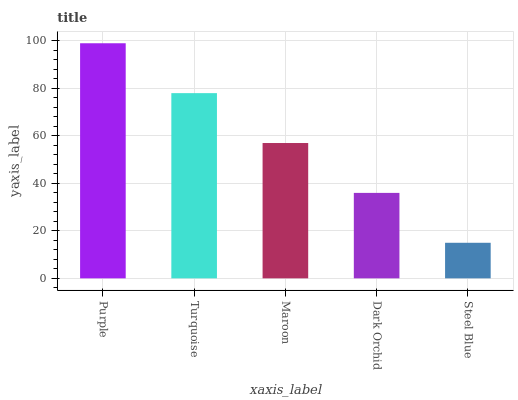
| xaxis_label | bars |
 | --- | --- |
 | Purple | 99 |
 | Turquoise | 78 |
 | Maroon | 57 |
 | Dark Orchid | 36 |
 | Steel Blue | 15 |